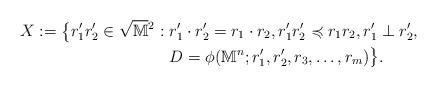
LaTeX: \begin{align*}X:=\big\{r'_1r'_2\in\sqrt{\mathbb{M}}{}^2:\ &r'_1\cdot r'_2=r_1\cdot r_2,r'_1 r'_2\preccurlyeq r_1r_2,r'_1\perp r'_2,\\&D=\phi(\mathbb{M}^n;r'_1,r'_2,r_3,\dots,r_m)\big\}.\end{align*}